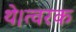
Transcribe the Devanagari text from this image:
थे।त्वरक